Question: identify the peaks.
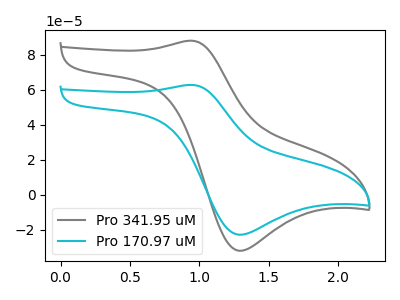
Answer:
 <answer>The gray curve "Pro 341.95 uM" has an anodic peak at (0.95V, 88.15uA) and a cathodic peak at (1.30V, -31.95uA). The cyan curve "Pro 170.97 uM" has an anodic peak at (0.95V, 62.85uA) and a cathodic peak at (1.30V, -22.80uA).</answer>
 <eval></eval>